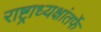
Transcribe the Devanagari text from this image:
राष्ट्राध्यक्षांतर्फे